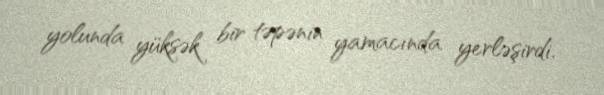
yolunda yüksək bir təpənin yamacında yerləşirdi.